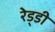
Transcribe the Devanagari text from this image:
रेड्‌डी